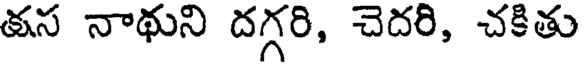
తస నాథుని దగ్గరి, చెదరి, చకితు